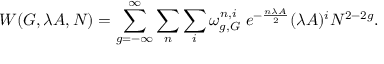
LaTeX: { \cal W } ( G , \lambda A , N ) = \sum _ { g = - \infty } ^ { \infty } \sum _ { n } \sum _ { i } \omega _ { g , G } ^ { n , i } \; e ^ { - { \frac { n \lambda A } { 2 } } } ( \lambda A ) ^ { i } N ^ { 2 - 2 g } .